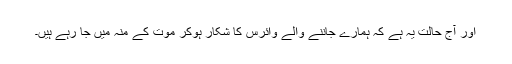
اور آج حالت یہ ہے کہ ہمارے جاننے والے وائرس کا شکار ہوکر موت کے منہ میں جا رہے ہیں۔